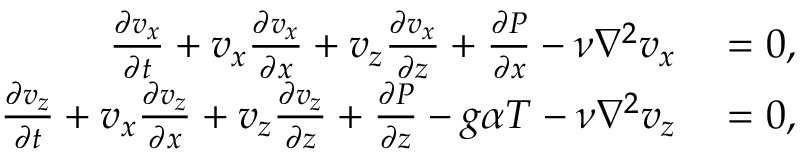
\begin{array} { r l } { \frac { \partial v _ { x } } { \partial t } + v _ { x } \frac { \partial v _ { x } } { \partial x } + v _ { z } \frac { \partial v _ { x } } { \partial z } + \frac { \partial P } { \partial x } - \nu \nabla ^ { 2 } v _ { x } } & { { } = 0 , } \\ { \frac { \partial v _ { z } } { \partial t } + v _ { x } \frac { \partial v _ { z } } { \partial x } + v _ { z } \frac { \partial v _ { z } } { \partial z } + \frac { \partial P } { \partial z } - g \alpha T - \nu \nabla ^ { 2 } v _ { z } } & { { } = 0 , } \end{array}